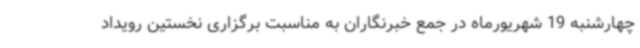
چهارشنبه 19 شهریورماه در جمع خبرنگاران به مناسبت برگزاری نخستین رویداد